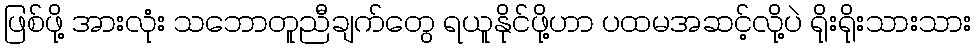
ဖြစ်ဖို့ အားလုံး သဘောတူညီချက်တွေ ရယူနိုင်ဖို့ဟာ ပထမအဆင့်လို့ပဲ ရိုးရိုးသားသား